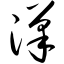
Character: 汉